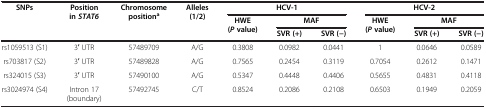
| SNPs | Position in STAT6 | Chromosome positiona | Alleles (1/2) | <COLSPAN=3> HCV-1 | <COLSPAN=3> HCV-2 |
 |  |  |  |  | HWE (P value) | <COLSPAN=2> MAF | HWE (P value) | <COLSPAN=2> MAF |
 |  |  |  |  |  | SVR (+) | SVR (−) |  | SVR (+) | SVR (−) |
 | --- | --- | --- | --- | --- | --- | --- | --- | --- | --- |
 | rs1059513 (S1) | 3′ UTR | 57489709 | A/G | 0.3808 | 0.0982 | 0.0441 | 1 | 0.0646 | 0.0589 |
 | rs703817 (S2) | 3′ UTR | 57489828 | A/G | 0.7565 | 0.2454 | 0.3119 | 0.7054 | 0.2612 | 0.1471 |
 | rs324015 (S3) | 3′ UTR | 57490100 | A/G | 0.5347 | 0.4448 | 0.4406 | 0.5655 | 0.4831 | 0.4118 |
 | rs3024974 (S4) | Intron 17 (boundary) | 57492745 | C/T | 0.8524 | 0.2086 | 0.2108 | 0.6503 | 0.1949 | 0.2059 |